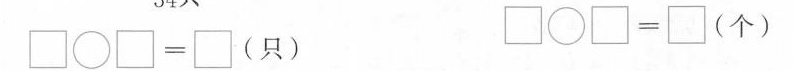
$$\Box \circ \Box = \Box$$ (只) $$\Box \circ \Box = \Box$$ (个)